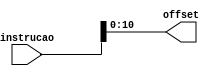
module extratorBranch
#(parameter ADDR_WIDTH=16)
(
	input [ADDR_WIDTH-1:0] instrucao,
	output [10:0] offset
);

	assign offset = instrucao[10:0];
	
endmodule